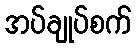
အပ်ချုပ်စက်